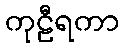
ကုဠီရကာ